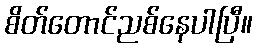
စိတ်တောင်ညစ်နေပါပြီ။